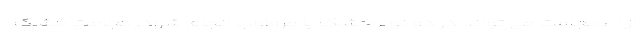
از " "، حجامت می تواند در دو نوع خشک یا مرطوب انجام شود. حجامت خشک